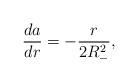
LaTeX: \begin{align*}\frac{da}{dr}=-\frac{r}{2R_{-}^{2}},\end{align*}